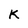
Character: k